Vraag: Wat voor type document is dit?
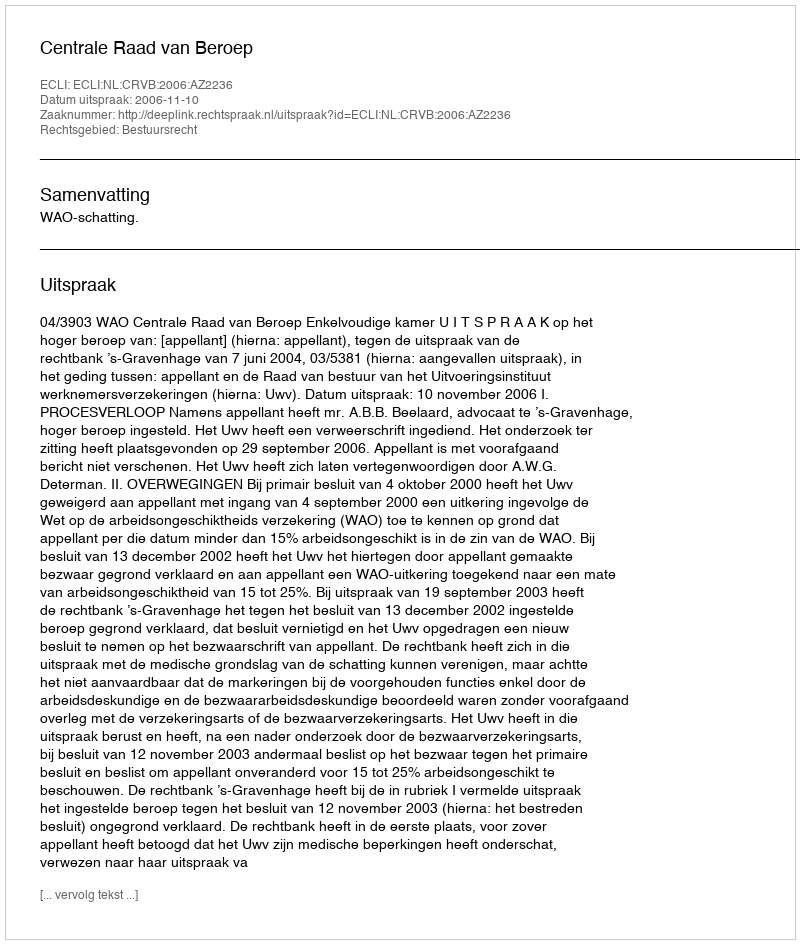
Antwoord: Uitspraak